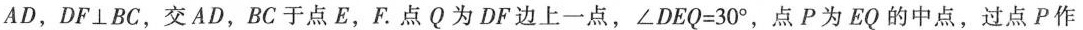
AD，DF\bot BC，交AD，BC于点E，F。点Q为DF边上一点，$$∠ D E Q = 3 0 °$$，点P为EQ的中点，过点P作